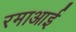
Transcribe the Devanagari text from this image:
रमाआई